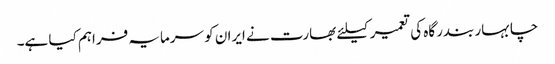
چابہار بندرگاہ کی تعمیر کیلئے بھارت نے ایران کو سرمایہ فراہم کیا ہے۔